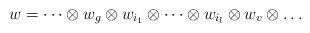
LaTeX: \begin{align*} w = \dots \otimes w_g \otimes w_{i_1} \otimes \dots \otimes w_{i_l} \otimes w_v \otimes \dots \end{align*}